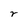
Character: r